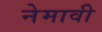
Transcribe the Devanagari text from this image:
नेमावी